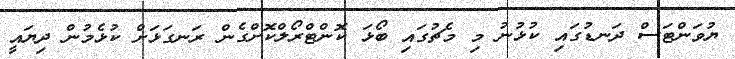
ޔުވަންޓަސް ދަނޑުގައި ކުޅުނު މި މެޗުގައި ބޯޅަ ކޮންޓްރޯލްކޮށްގެން ރަނގަޅަށް ކުޅެމުން ދިޔައީ